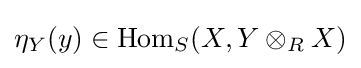
\eta _{Y}(y)\in \operatorname {Hom} _{S}(X,Y\otimes _{R}X)